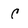
Character: C